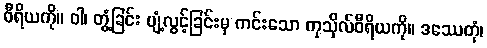
ဝီရိယကို။ ဝါ၊ တွံ့ခြင်း ပျံ့လွင့်ခြင်းမှ ကင်းသော ကုသိုလ်ဝီရိယကို။ ဒဿေတုံ၊